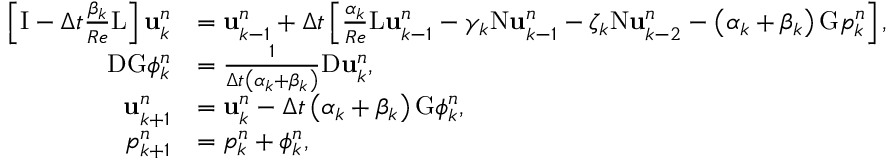
\begin{array} { r l } { \left[ \mathrm { I } - \Delta t \frac { \beta _ { k } } { R e } \mathrm { L } \right] \mathbf { u } _ { k } ^ { n } } & { = \mathbf { u } _ { k - 1 } ^ { n } + \Delta t \left[ \frac { \alpha _ { k } } { R e } \mathrm { L } \mathbf { u } _ { k - 1 } ^ { n } - \gamma _ { k } \mathrm { N } \mathbf { u } _ { k - 1 } ^ { n } - \zeta _ { k } \mathrm { N } \mathbf { u } _ { k - 2 } ^ { n } - \left( \alpha _ { k } + \beta _ { k } \right) \mathrm { G } p _ { k } ^ { n } \right] , } \\ { \mathrm { D G } \phi _ { k } ^ { n } } & { = \frac { 1 } { \Delta t \left( \alpha _ { k } + \beta _ { k } \right) } \mathrm { D } \mathbf { u } _ { k } ^ { n } , } \\ { \mathbf { u } _ { k + 1 } ^ { n } } & { = \mathbf { u } _ { k } ^ { n } - \Delta t \left( \alpha _ { k } + \beta _ { k } \right) \mathrm { G } \phi _ { k } ^ { n } , } \\ { p _ { k + 1 } ^ { n } } & { = p _ { k } ^ { n } + \phi _ { k } ^ { n } , } \end{array}